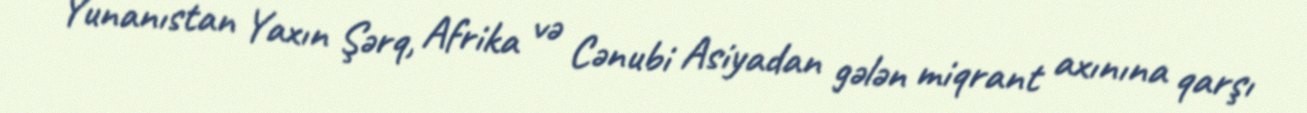
Yunanıstan Yaxın Şərq, Afrika və Cənubi Asiyadan gələn miqrant axınına qarşı